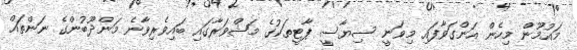
މައުމޫން މިހެން އަންގަވާފައި މިވަނީ ސިޔާސީ ޕާޓީތަކުގެ މަޝްވަރާގައި ބައިވެރިވާނެ މަންދޫބުންގެ ނަންތައް